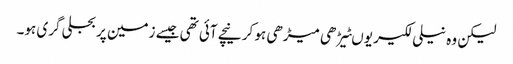
لیکن وہ نیلی لکیر یوںٹیڑھی میڑھی ہو کر نیچے آئی تھی جیسے زمین پر بجلی گری ہو۔